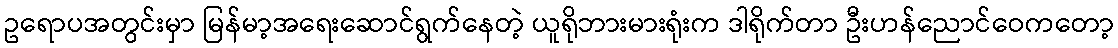
ဥရောပအတွင်းမှာ မြန်မာ့အရေးဆောင်ရွက်နေတဲ့ ယူရိုဘားမားရုံးက ဒါရိုက်တာ ဦးဟန်ညောင်ဝေကတော့